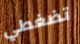
تضغطي